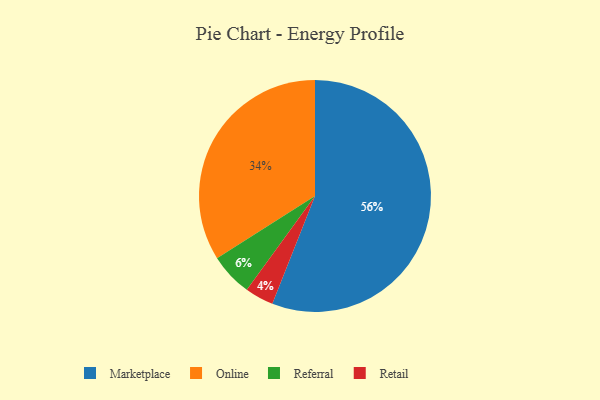
{"axis": {"x": "Category", "y": "Percentage"}, "legend": ["Marketplace", "Online", "Referral", "Retail"], "data": [{"x": "Marketplace", "y": 56, "type": "Marketplace"}, {"x": "Referral", "y": 6, "type": "Referral"}, {"x": "Retail", "y": 4, "type": "Retail"}, {"x": "Online", "y": 34, "type": "Online"}]}